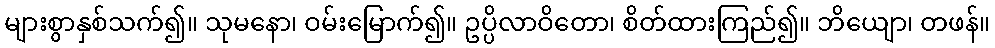
များစွာနှစ်သက်၍။ သုမနော၊ ဝမ်းမြောက်၍။ ဥပ္ပိလာဝိတော၊ စိတ်ထားကြည်၍။ ဘိယျော၊ တဖန်။